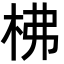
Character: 柫